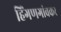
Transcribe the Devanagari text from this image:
हिंगणगांवकर